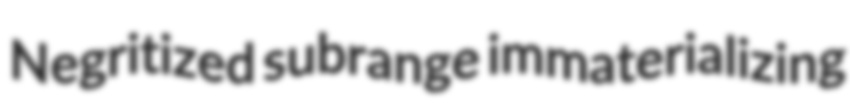
Negritized subrange immaterializing